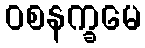
ဝစနက္ခမေ